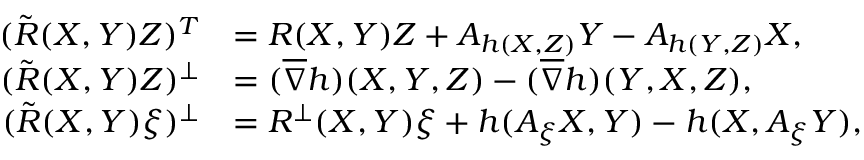
\begin{array} { r l } { ( \tilde { R } ( X , Y ) Z ) ^ { T } } & { = R ( X , Y ) Z + A _ { h ( X , Z ) } Y - A _ { h ( Y , Z ) } X , } \\ { ( \tilde { R } ( X , Y ) Z ) ^ { \perp } } & { = ( \overline { { \nabla } } h ) ( X , Y , Z ) - ( \overline { { \nabla } } h ) ( Y , X , Z ) , } \\ { ( \tilde { R } ( X , Y ) \xi ) ^ { \perp } } & { = R ^ { \perp } ( X , Y ) \xi + h ( A _ { \xi } X , Y ) - h ( X , A _ { \xi } Y ) , } \end{array}